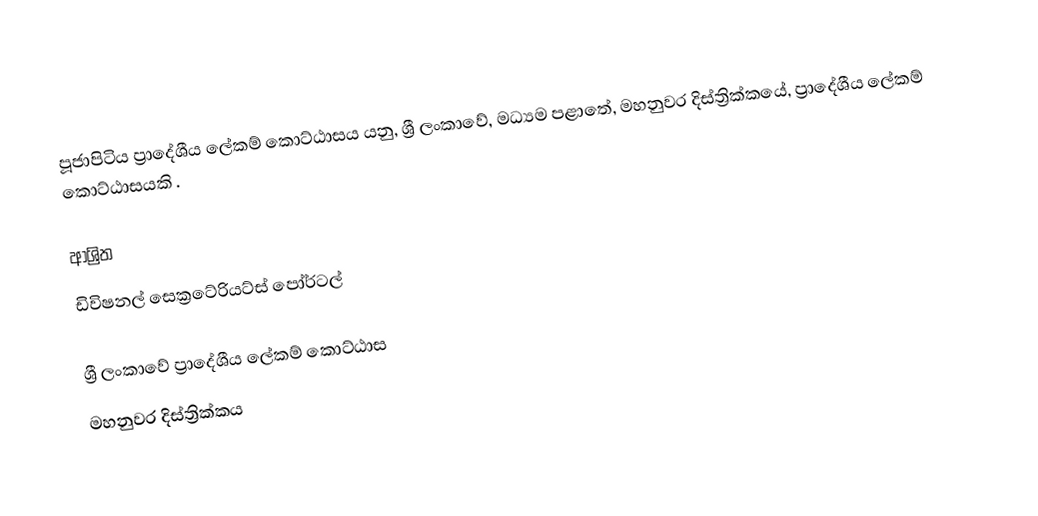
පූජාපිටිය ප්‍රාදේශීය ලේකම් කොට්ඨාසය යනු,  ශ්‍රී ලංකාවේ, මධ්‍යම පළාතේ,   මහනුවර දිස්ත්‍රික්කයේ, ප්‍රාදේශීය ලේකම් කොට්ඨාසයකි .

ආශ්‍රිත
 ඩිවිෂනල් සෙක්‍රටේරියට්ස් පෝර්ටල්

ශ්‍රී ලංකාවේ ප්‍රාදේශීය ලේකම් කොට්ඨාස
මහනුවර දිස්ත්‍රික්කය